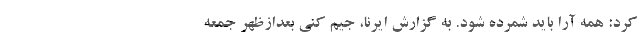
کرد: همه آرا باید شمرده شود. به گزارش ایرنا، جیم کنی بعدازظهر جمعه